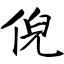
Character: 倪